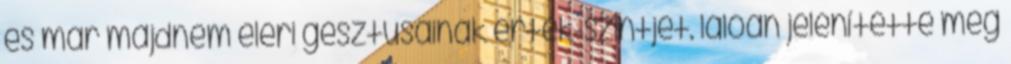
és már majdnem eléri gesztusainak érték-szintjét. lálóan jelenítette meg